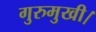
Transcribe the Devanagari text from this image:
गुरुमुखी।